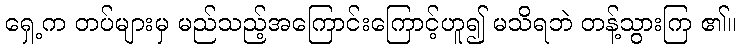
ရှေ့က တပ်များမှ မည်သည့်အကြောင်းကြောင့်ဟူ၍ မသိရဘဲ တန့်သွားကြ ၏။